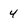
Character: 4